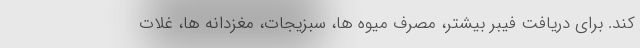
کند. برای دریافت فیبر بیشتر، مصرف میوه ها، سبزیجات، مغزدانه ها، غلات